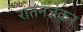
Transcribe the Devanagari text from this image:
रातनजंकर